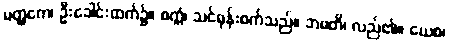
မတ္ထကေ၊ ဦးခေါင်းထက်၌။ စက္ကံ၊ သင်ဓုန်းစက်သည်။ ဘမတိ၊ လည်၏။ ယေစ၊